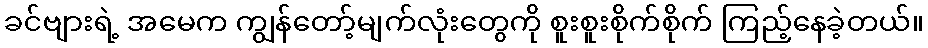
ခင်ဗျားရဲ့ အမေက ကျွန်တော့်မျက်လုံးတွေကို စူးစူးစိုက်စိုက် ကြည့်နေခဲ့တယ်။